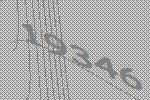
19346